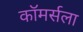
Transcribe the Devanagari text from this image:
कॉमर्सला